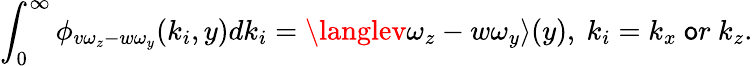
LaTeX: \int_{0}^{\infty}\phi_{v\omega_{z}-w\omega_{y}}(k_{i},y)dk_{i}=\langlev\omega_{z}-w\omega_{y}\rangle(y),\ k_{i}=k_{x}\ \mathsf{o}r\ k_{z}.